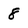
Character: 8